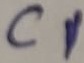
Text: C1